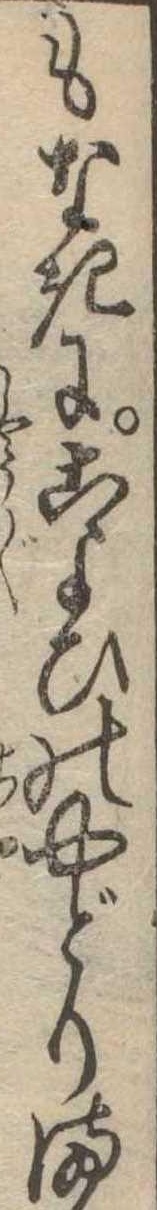
もなきにこよひのやどりま